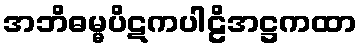
အဘိဓမ္မပိဋကပါဠိအဋ္ဌကထာ